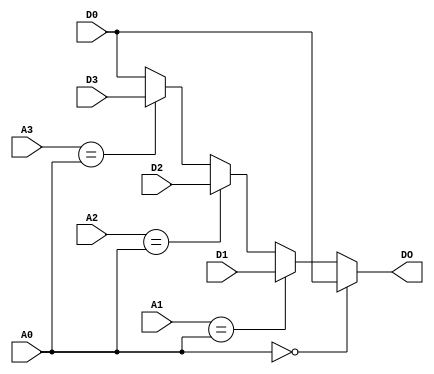
`timescale 1ns / 1ps
module fwu(
		input [4:0] A0,
		input [31:0] D0,
		input [4:0] A1,
		input [31:0] D1,
		input [4:0] A2,
		input [31:0] D2,
		input [4:0] A3,
		input [31:0] D3,
		output [31:0] DO
	);
	assign DO=	(A0==0?D0:
					(A1==A0?D1:
					(A2==A0?D2:
					(A3==A0?D3:D0))));

endmodule